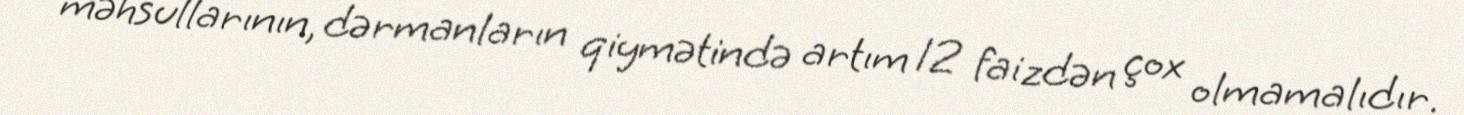
məhsullarının, dərmanların qiymətində artım 12 faizdən çox olmamalıdır.